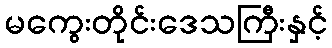
မကွေးတိုင်းဒေသကြီးနှင့်